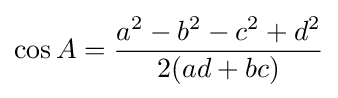
\cos A={\frac {a^{2}-b^{2}-c^{2}+d^{2}}{2(ad+bc)}}